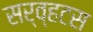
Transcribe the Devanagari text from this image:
सर्व्हटस